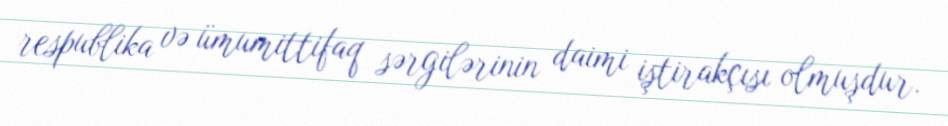
respublika və ümumittifaq sərgilərinin daimi iştirakçısı olmuşdur.